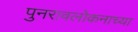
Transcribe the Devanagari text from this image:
पुनरावलोकनाच्या